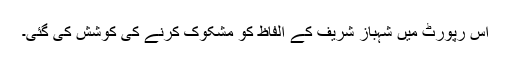
اس رپورٹ میں شہباز شریف کے الفاظ کو مشکوک کرنے کی کوشش کی گئی۔